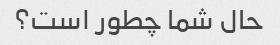
حال شما چطور است؟